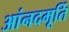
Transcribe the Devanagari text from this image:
आंनदमूर्ति